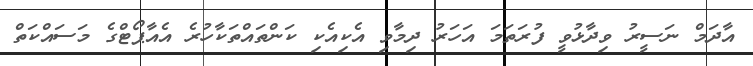
އާދަމް ނަސީރު ވިދާޅުވީ ފުރަތަމަ އަހަރު ދިމާވި އެކިއެކި ކަންތައްތަކާހުރެ އެއާޕޯޓްގެ މަސައްކަތް